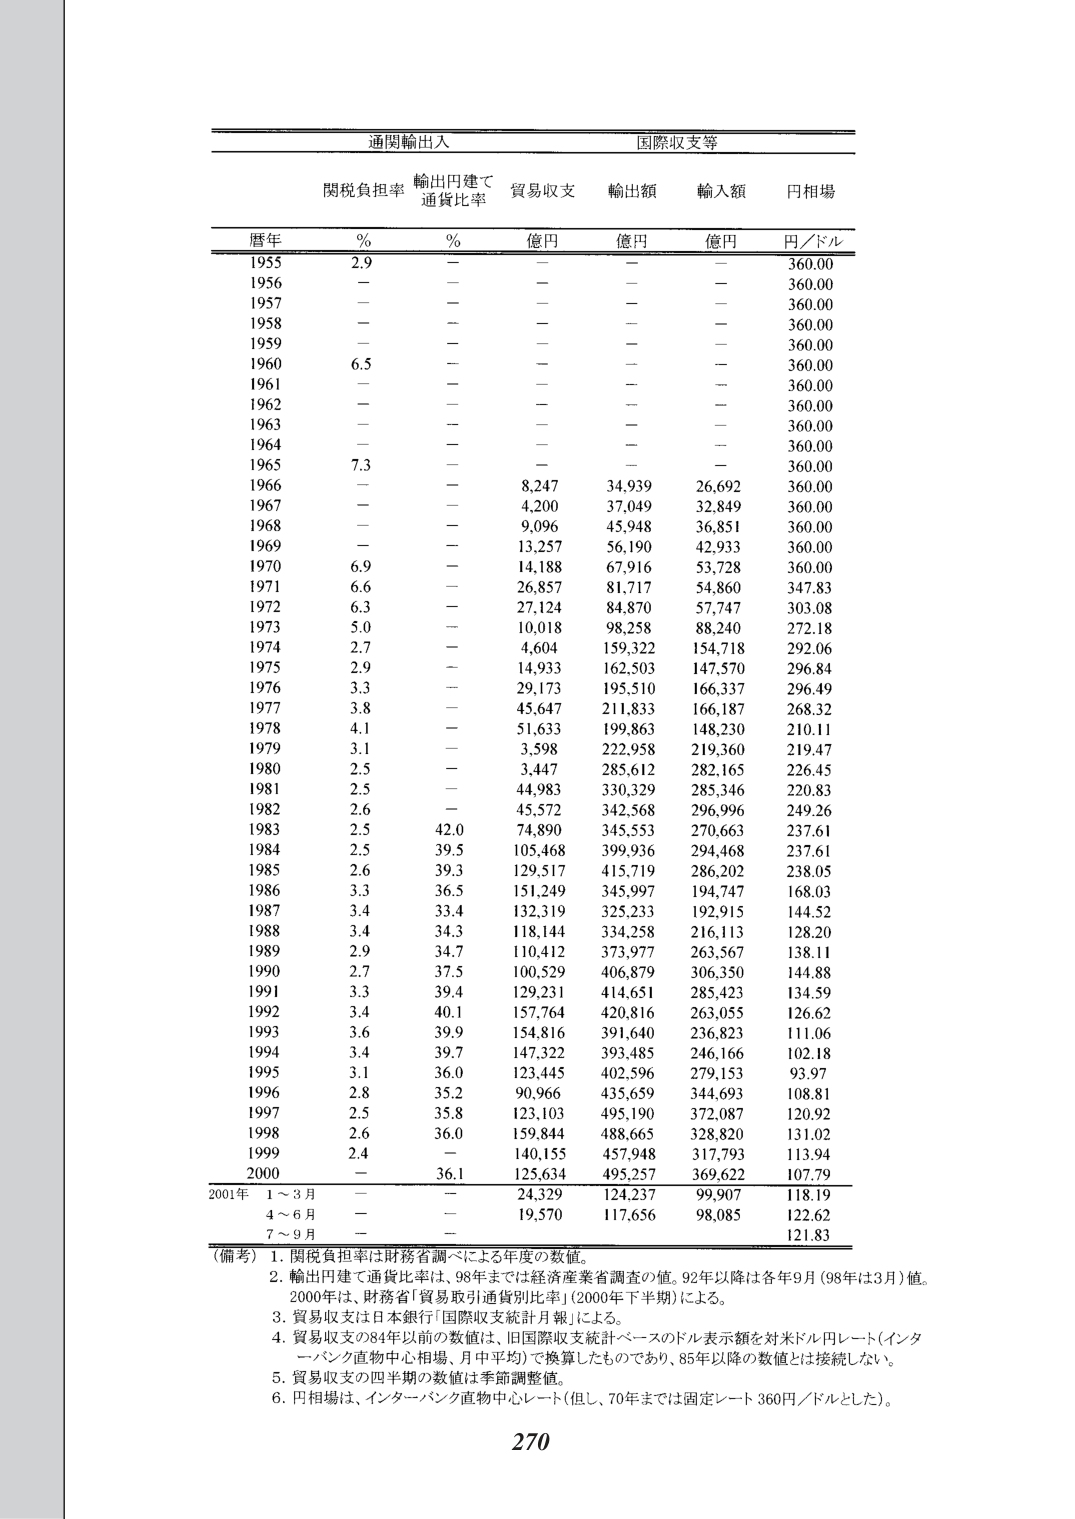
通関輸出入 国際収支等
関税負担率 輸出円建て 通貨比率 貿易収支 輸出額 輸入額 円相場
暦年 % % 億円 億円 億円 円／ドル
1955 2.9 — — — — 360.00
1956 — — — — — 360.00
1957 — — — — — 360.00
1958 — — — — — 360.00
1959 — — — — — 360.00
1960 6.5 — — — — 360.00
1961 — — — — — 360.00
1962 — — — — — 360.00
1963 — — — — — 360.00
1964 — — — — — 360.00
1965 7.3 — — — — 360.00
1966 — — 8,247 34,939 26,692 360.00
1967 — — 4,200 37,049 32,849 360.00
1968 — — 9,096 45,948 36,851 360.00
1969 — — 13,257 56,190 42,933 360.00
1970 6.9 — 14,188 67,916 53,728 360.00
1971 6.6 — 26,857 81,717 54,860 347.83
1972 6.3 — 27,124 84,870 57,747 303.08
1973 5.0 — 10,018 98,258 88,240 272.18
1974 2.7 — 4,604 159,322 154,718 292.06
1975 2.9 — 14,933 162,503 147,570 296.84
1976 3.3 — 29,173 195,510 166,337 296.49
1977 3.8 — 45,647 211,833 166,187 268.32
1978 4.1 — 51,633 199,863 148,230 210.11
1979 3.1 — 3,598 222,958 219,360 219.47
1980 2.5 — 3,447 285,612 282,165 226.45
1981 2.5 — 44,983 330,329 285,346 220.83
1982 2.6 — 45,572 342,568 296,996 249.26
1983 2.5 42.0 74,890 345,553 270,663 237.61
1984 2.5 39.5 105,468 399,936 294,468 237.61
1985 2.6 39.3 129,517 415,719 286,202 238.05
1986 3.3 36.5 151,249 345,997 194,747 168.03
1987 3.4 33.4 132,319 325,233 192,915 144.52
1988 3.4 34.3 118,144 334,258 216,113 128.20
1989 2.9 34.7 110,412 373,977 263,567 138.11
1990 2.7 37.5 100,529 406,879 306,350 144.88
1991 3.3 39.4 129,231 414,651 285,423 134.59
1992 3.4 40.1 157,764 420,816 263,055 126.62
1993 3.6 39.9 154,816 391,640 236,823 111.06
1994 3.4 39.7 147,322 393,485 246,166 102.18
1995 3.1 36.0 123,445 402,596 279,153 93.97
1996 2.8 35.2 90,966 435,659 344,693 108.81
1997 2.5 35.8 123,103 495,190 372,087 120.92
1998 2.6 36.0 159,844 488,665 328,820 131.02
1999 2.4 — 140,155 457,948 317,793 113.94
2000 — 36.1 125,634 495,257 369,622 107.79
2001年 1～3月 — — 24,329 124,237 99,907 118.19
　　　4～6月 — — 19,570 117,656 98,085 122.62
　　　7～9月 — — — — — 121.83

（備考）
1. 関税負担率は財務省調べによる年度の数値。
2. 輸出円建て通貨比率は、98年までは経済産業省調査の値。92年以降は各年9月（98年は3月）値。2000年は、財務省「貿易取引通貨別比率」（2000年下半期）による。
3. 貿易収支は日本銀行「国際収支統計月報」による。
4. 貿易収支の84年以前の数値は、旧国際収支統計ベースのドル表示額を対米ドル円レート（インターバンク直物中心相場、月中平均）で換算したものであり、85年以降の数値とは接続しない。
5. 貿易収支の四半期の数値は季節調整値。
6. 円相場は、インターバンク直物中心レート（但し、70年までは固定レート360円／ドルとした）。

270